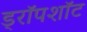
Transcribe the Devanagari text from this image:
ड्रॉपशॉट